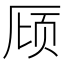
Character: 𪠌